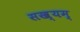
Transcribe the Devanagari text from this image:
सख्यम्